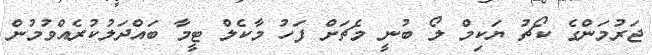
ޖަރުމަންގެ ކޯޗު ޔަކިމް ލޯ ބުނީ މެޗަށް ފަހު މާކެލް ޓީމާ ބައްދަލުކުރެއްވުމުން